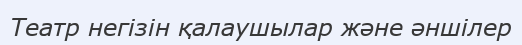
Театр негізін қалаушылар және әншілер